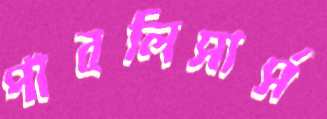
পাবলিসার্স